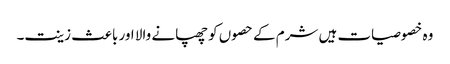
وہ خصوصیات ہیں شرم کے حصوں کو چھپانے والا اور باعث زینت۔